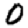
Digit: 0